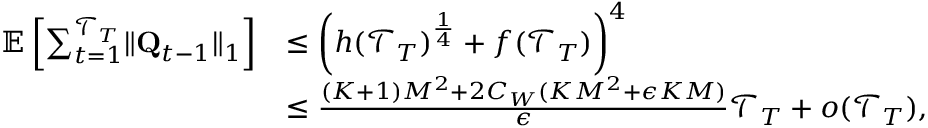
\begin{array} { r l } { \mathbb E \left[ \sum _ { t = 1 } ^ { \mathcal T _ { T } } \lVert \mathbf Q _ { t - 1 } \rVert _ { 1 } \right] } & { \le \left( h ( \mathcal T _ { T } ) ^ { \frac 1 4 } + f ( \mathcal T _ { T } ) \right) ^ { 4 } } \\ & { \le \frac { ( K + 1 ) M ^ { 2 } + 2 C _ { W } ( K M ^ { 2 } + \epsilon K M ) } \epsilon \mathcal T _ { T } + o ( \mathcal T _ { T } ) , } \end{array}